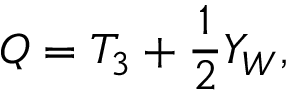
Q = T _ { 3 } + { \frac { 1 } { 2 } } Y _ { W } ,